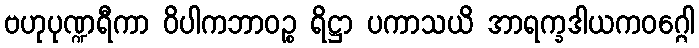
ဗဟုပုဏ္ဍရီကာ ဝိပါကဘာဝဉ္စ ရိဋ္ဌာ ပကာသယိ အာရက္ခဒါယကဝဂ္ဂေါ